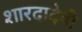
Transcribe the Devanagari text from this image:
शारदादेवी